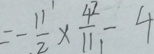
= - \frac { 1 1 } { 2 } \times \frac { 4 ^ { 2 } } { 1 1 1 } - 4